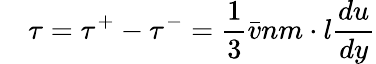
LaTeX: \quad\tau=\tau^{+}-\tau^{-}={\frac{1}{3}}{\bar{v}}nm\cdot l{\frac{du}{dy}}